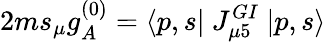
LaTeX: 2ms_{\mu}g_{A}^{(0)}=\langle p,s|\ J_{\mu 5}^{GI}\ |p,s\rangle